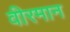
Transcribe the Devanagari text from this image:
वीरमान